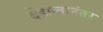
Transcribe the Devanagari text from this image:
देहान्तानंतर